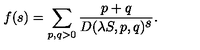
f ( s ) = \sum _ { p , q > 0 } \frac { p + q } { D ( \lambda S , p , q ) ^ { \textstyle s } } .